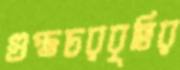
গুপ্তচরবৃত্তির